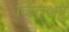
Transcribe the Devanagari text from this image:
जितशत्रु